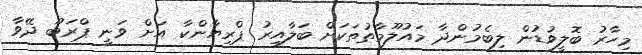
މިހާރު ބޮލީވުޑުން ލިބެމުންދާ މައުލޫމާތުތަކަށް ބަލާއިރު ޕްރިޔާންކާ އަށް ވަނީ ޕްރަބޫ ދޭވާ